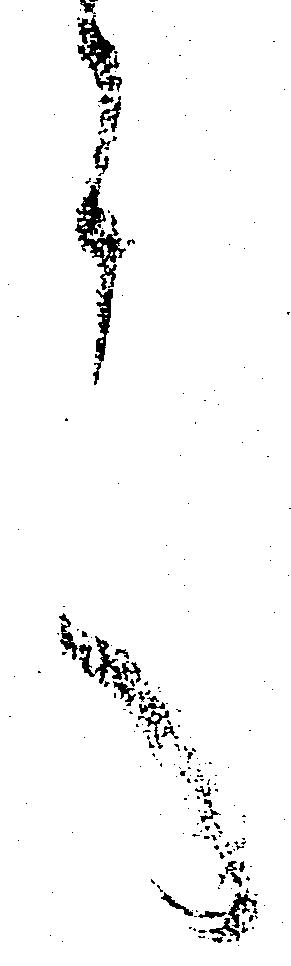
言